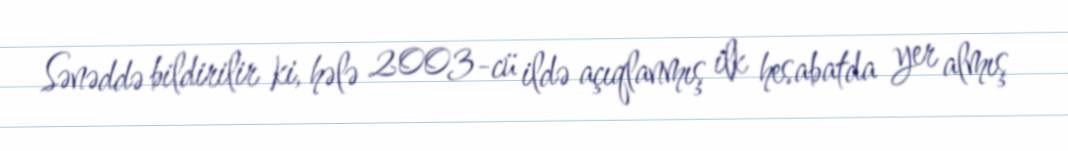
Sənəddə bildirilir ki, hələ 2003-cü ildə açıqlanmış ilk hesabatda yer almış